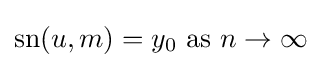
\operatorname {sn} (u,m)=y_{0}{\text{ as }}n\rightarrow \infty